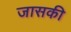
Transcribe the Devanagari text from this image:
जासकी